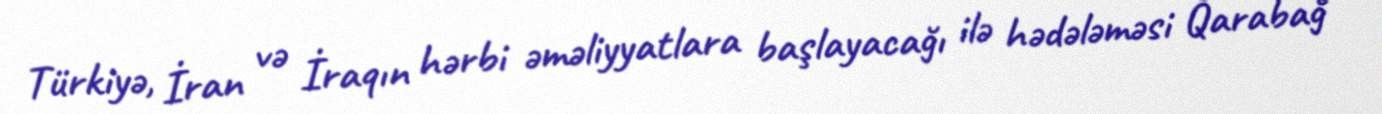
Türkiyə, İran və İraqın hərbi əməliyyatlara başlayacağı ilə hədələməsi Qarabağ